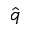
\hat { q }